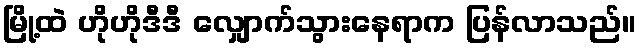
မြို့ထဲ ဟိုဟိုဒီဒီ လျှောက်သွားနေရာက ပြန်လာသည်။